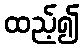
ထည့်၍